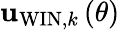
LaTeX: {\mathbf u}_{\mathrm{WIN},k}\left(\theta\right)